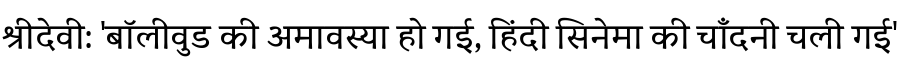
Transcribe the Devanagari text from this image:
श्रीदेवी: 'बॉलीवुड की अमावस्या हो गई, हिंदी सिनेमा की चाँदनी चली गई'